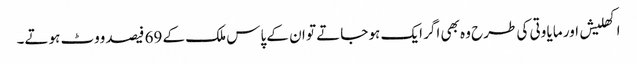
اکھلیش اور مایا وتی کی طرح وہ بھی اگر ایک ہو جاتے تو ان کے پاس ملک کے 69 فیصد ووٹ ہوتے۔